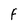
Character: F